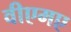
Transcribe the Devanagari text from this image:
वीएमए